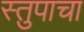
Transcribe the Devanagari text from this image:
स्तुपाचा